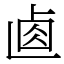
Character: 𠧴